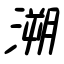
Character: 溯